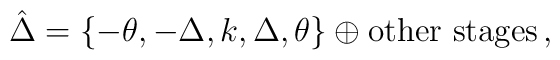
\hat{\Delta }=\left\{-\theta ,-\Delta ,k,\Delta ,\theta  \right\}\oplus \mbox{other  stages}\,,